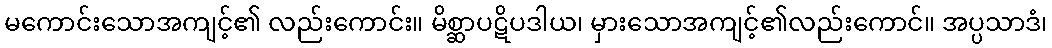
မကောင်းသောအကျင့်၏ လည်းကောင်း။ မိစ္ဆာပဋိပဒါယ၊ မှားသောအကျင့်၏လည်းကောင်။ အပ္ပသာဒံ၊